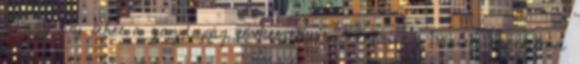
Nagy baj lehet a gazdaság túlhevüléséből Móricz Dániel, befektetési